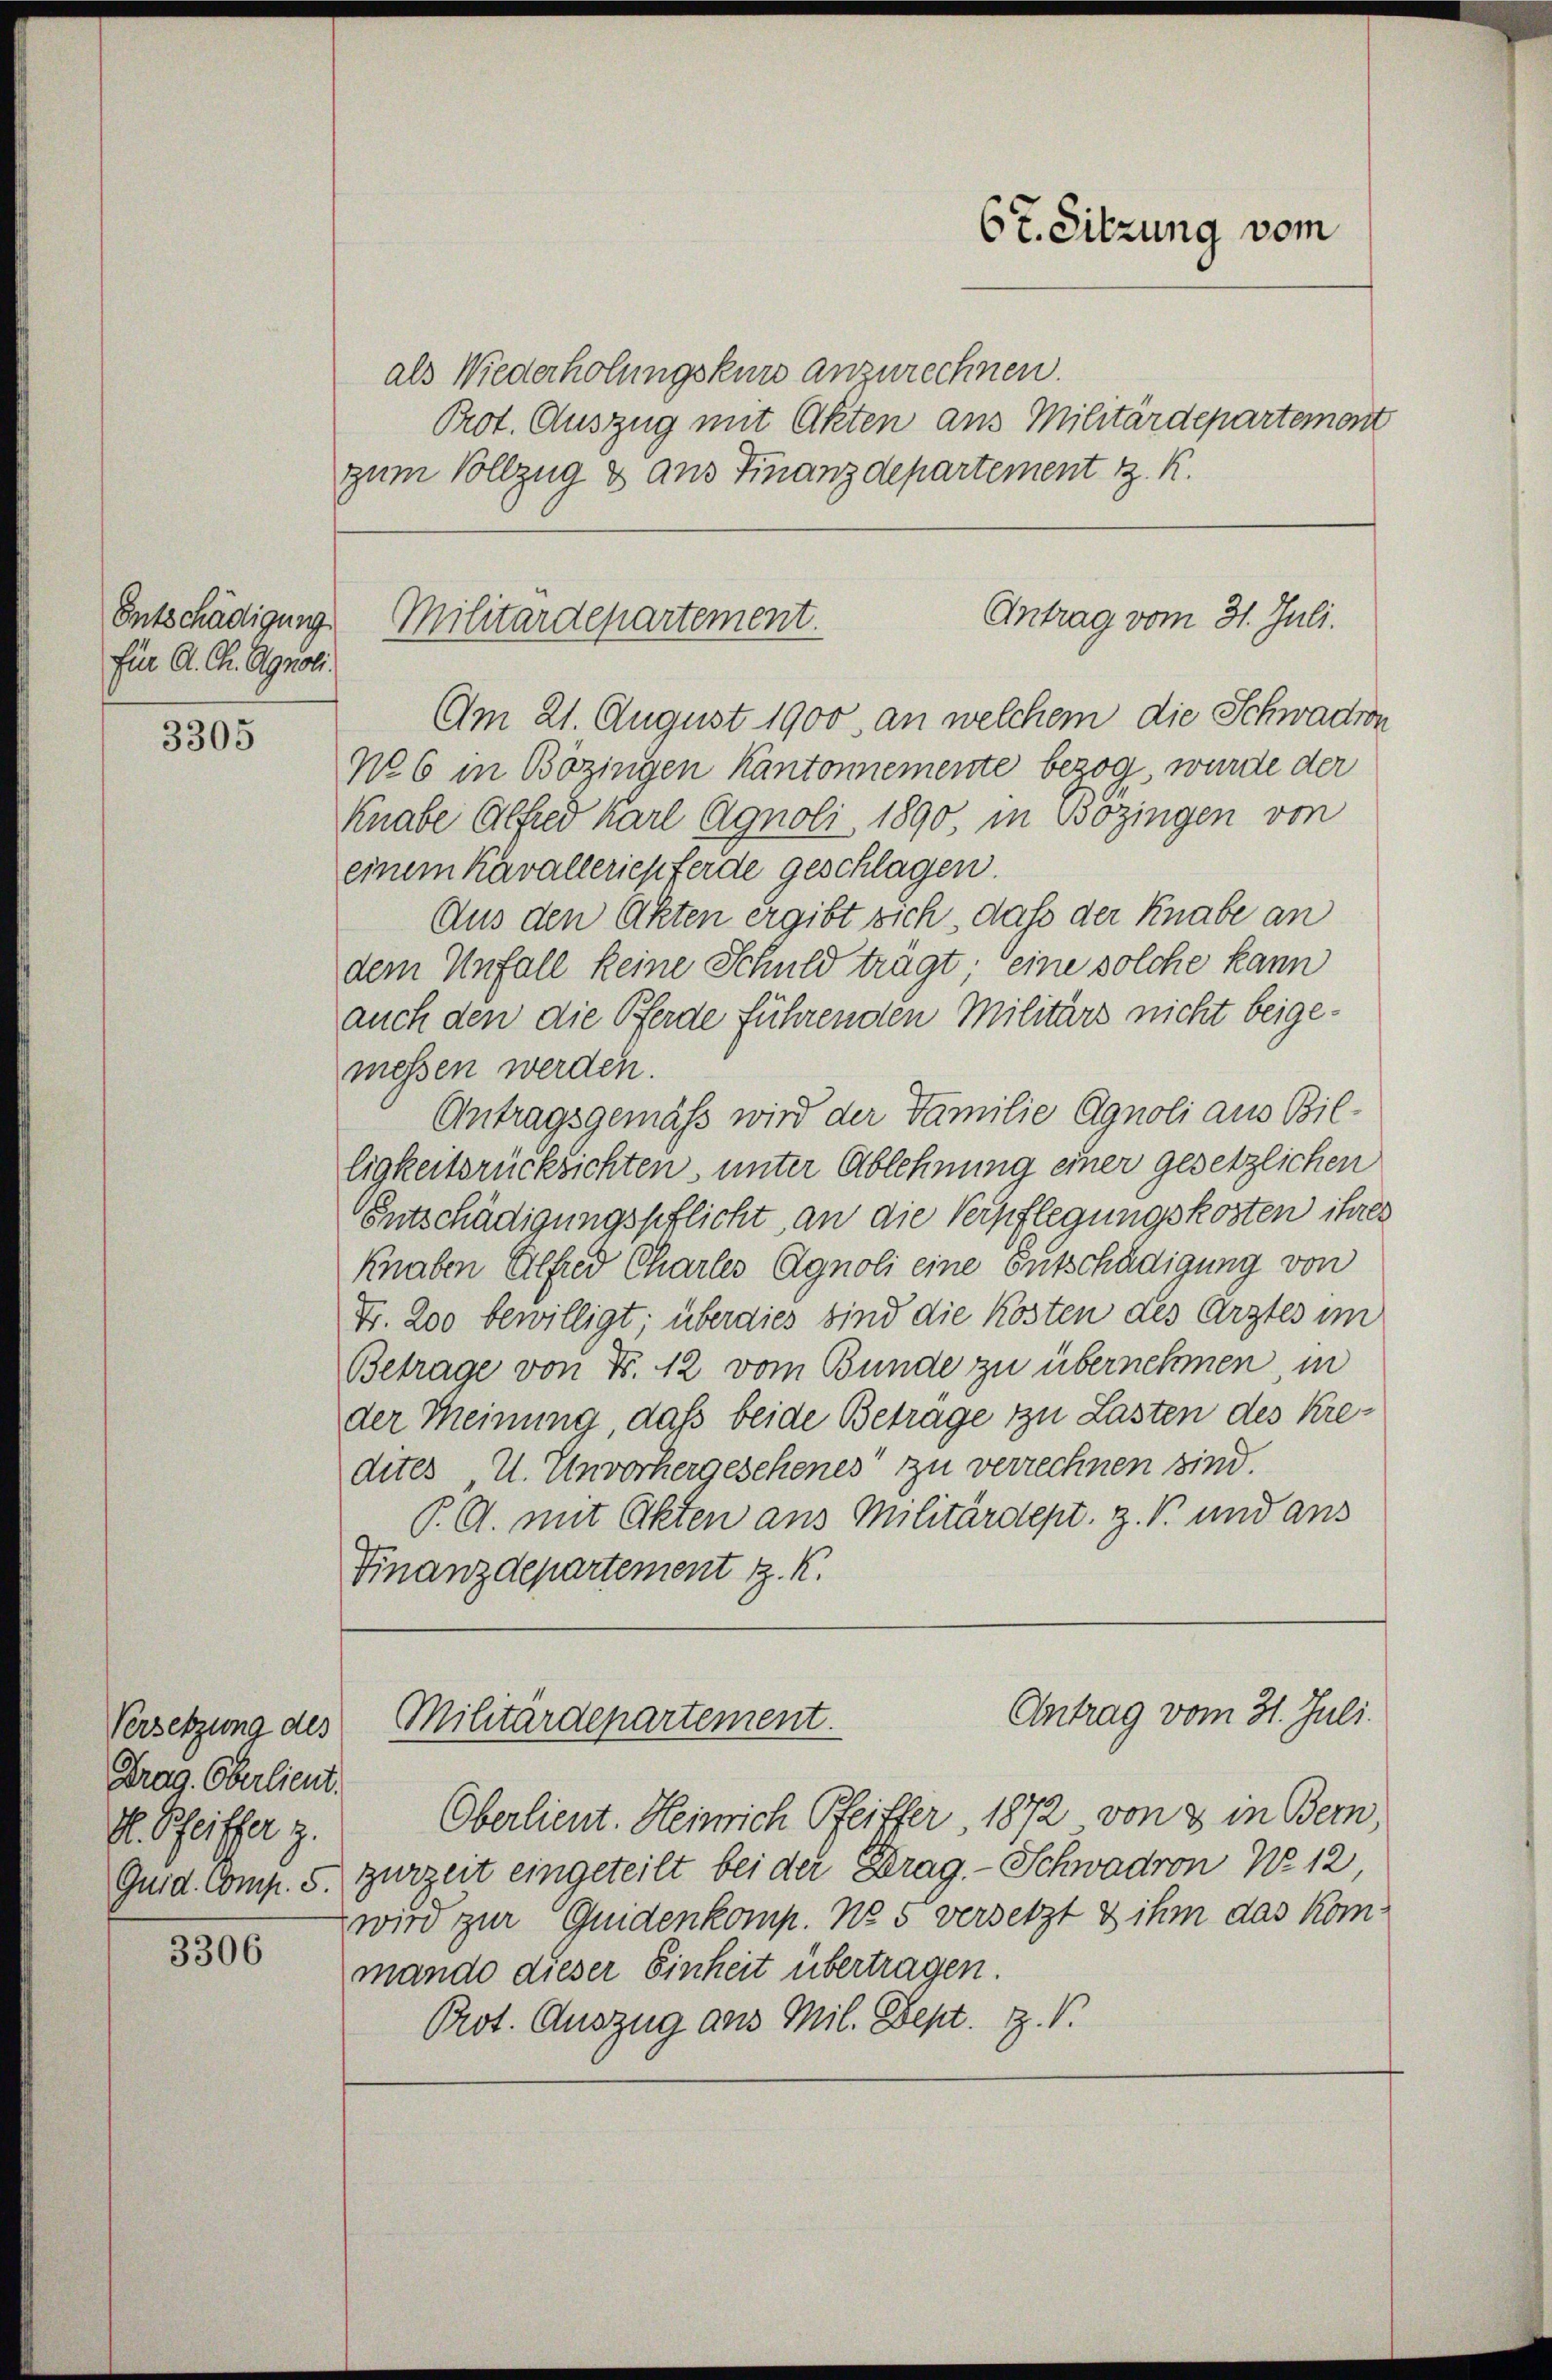
Entschädigung
für A. Ch. Synoli

3305

Versetzung des
Drag. Oberlieut.
H. Pfeiffer z.

3306

als Wiederholungskurs anzurechnen.
Prot. Auszug mit Akten aus Militärdepartemont
zum Vollzug & aus Finanzdepartement z. K.

67. Sitzung vom

Antrag vom 31. Juli.
Militärdepartement.

Am 21. August 1900, an welchem die Schwadron
No 6 in Bözingen Kantonnemente bezog, wurde der
Knabe Alfred Karl Agnoli 1890, in Bözingen von
einem Kavalleriepferde geschlagen.
Aus den Akten ergibt sich, daß der Knabe an
dem Unfall keine Schuld trägt; eine solche kann
auch den die Pferde führenden Militärs nicht beigemessen werden.
Antragsgemäss wird der Familie Agnoli aus Billigkeitsrücksichten, unter Ablehnung einer gesetzlichen
Entschädigungspflicht an die Verpflegungskosten ihres
Knaben Alfred Charles Agnoli eine Entschädigung von
F. 200 bewilligt; überdies sind die Kosten des Arztes im
Betrage von Fr. 12 vom Bunde zu übernehmen, in
der Meinung, daß beide Beträge zu Lasten des Kredites U. Unvorhergesehenes“ zu verrechnen sind.
P. G. mit Akten aus Militärdept. z. B. und aus
Finanzdepartement z. K.
Antrag vom 31. Juli.
Militärdepartement.
Oberlieut. Heinrich Pfeiffer, 1872 von 3 in Bern,
Quid. Comp. 5. Zurzeit eingeteilt bei der Drag. - Schwadron No 12,
wird zur Guidenkomp. No 5 versetzt & ihm das Kommando dieser Einheit übertragen.
Prot. Auszug aus Mil. Sept. Z. V.